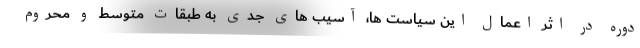
دوره در اثر اعمال این سیاست ها، آسیب های جدی به طبقات متوسط و محروم